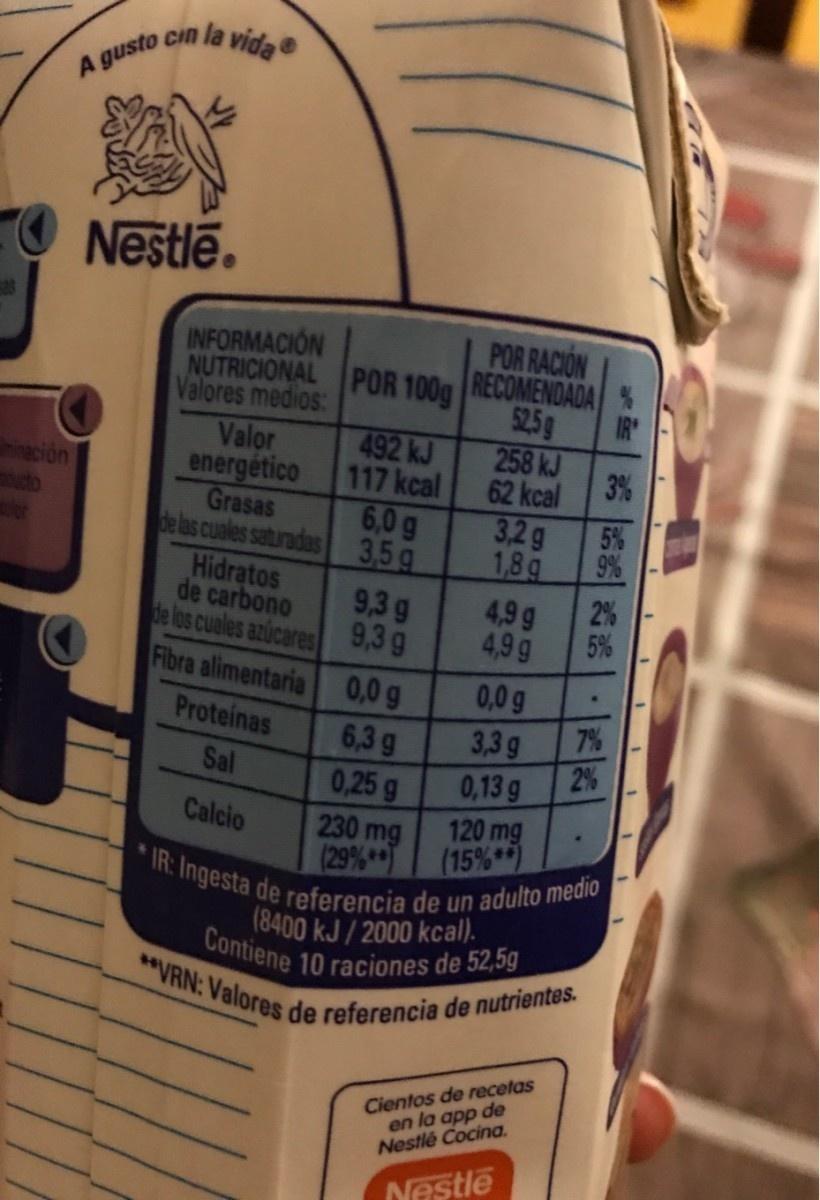
A gusto cin la vidae
O Nestle.
POR RACION RECOMENDADA % IR
INFORMACION
NUTRICIONAL POR 100g
Valores medios: Valor energético Grasas
525g
492 kJ 117 kcal
258 kJ 3% 62 kcal
ngción
6,0g de las cuales saturadas 3,5g
3,2g
5%
1,8 g
9%
Hidratos de carbono de los cuales azúcares
9,3g
4,9 g
2%
9,3g
4,9 g
5%
Fibra alimentaria
0,0 g 7%
0,0 g 6,3 g 0,25 g 230 mg (29%*
Proteinas
3,3g 2% 0,13 g 120 mg (15% *
Sal
Calcio
*IR: Ingesta de referencia de un adulto medio (8400 kJ / 2000 kcal). Contiene 10 raciones de 52,5g **VRN: Valores de referencia de nutrientes.
Cientos de recetas en la app de Nestlé Cocina.
Neştle
160